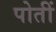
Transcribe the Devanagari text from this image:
पोतीं